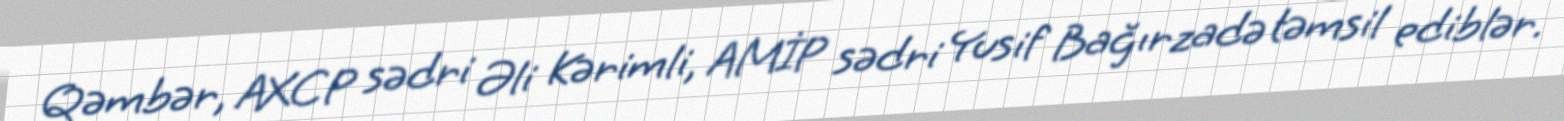
Qəmbər, AXCP sədri Əli Kərimli, AMİP sədri Yusif Bağırzadə təmsil ediblər.